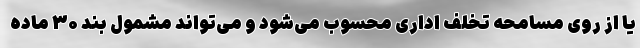
یا از روی مسامحه تخلف اداری محسوب می‌شود و می‌تواند مشمول بند ۳۰ ماده